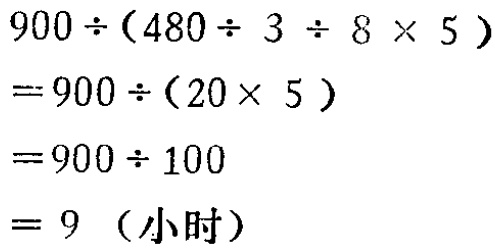
\[
\begin{align*}
&900\div(480\div3\div8\times5)\\
=&900\div(20\times5)\\
=&900\div100\\
=&9（小时）
\end{align*}
\]